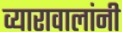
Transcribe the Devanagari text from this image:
व्यारावालांनी